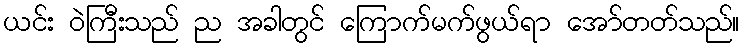
ယင်း ဝဲကြီးသည် ည အခါတွင် ကြောက်မက်ဖွယ်ရာ အော်တတ်သည်။